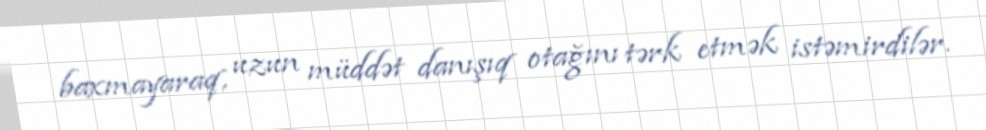
baxmayaraq, uzun müddət danışıq otağını tərk etmək istəmirdilər.